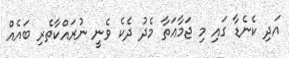
އަދި ކެނެޑާ ގައި މި ޖަމާޢަތާ މެދު ދެކެ ވެނީ ނުރައްކާތެރި ބައެއް